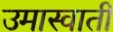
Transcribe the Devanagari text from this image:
उमास्वाती